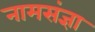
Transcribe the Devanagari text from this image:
नामसंज्ञा